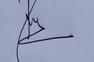
Signature authenticity: genuine